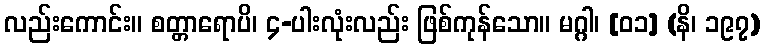
လည်းကောင်း။ စတ္တာရောပိ၊ ၄-ပါးလုံးလည်း ဖြစ်ကုန်သော။ မဂ္ဂါ၊ [၀၁] (နိ၊ ၁၉၇)